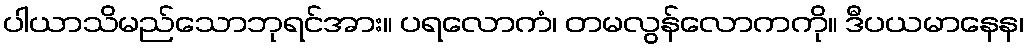
ပါယာသိမည်သောဘုရင်အား။ ပရလောကံ၊ တမလွန်လောကကို။ ဒီပယမာနေန၊